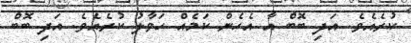
ކުރެއެވެ. އަދި ބޮބް އާ އެހެން ކަމެއް ހަވާލު ކުރެއެވެ. އަދި ބޮބް